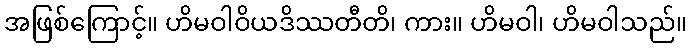
အဖြစ်ကြောင့်။ ဟိမဝါဝိယဒိဿတီတိ၊ ကား။ ဟိမဝါ၊ ဟိမဝါသည်။